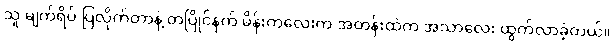
သူ မျက်ရိပ် ပြလိုက်တာနဲ့ တပြိုင်နက် မိန်းကလေးက အတန်းထဲက အသာလေး ထွက်လာခဲ့တယ်။